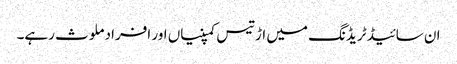
ان سائیڈ ٹریڈنگ میں اڑتیس کمپنیاں اور افراد ملوث رہے۔